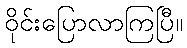
ဝိုင်းပြောလာကြပြီ။